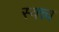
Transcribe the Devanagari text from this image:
स्वत्त्व